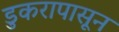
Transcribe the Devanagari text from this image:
डुकरापासून